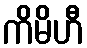
ကိမိဟီ